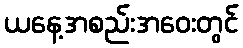
ယနေ့အစည်းအဝေးတွင်